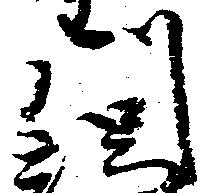
川